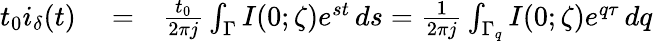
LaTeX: \begin{array}{rlr}{t_{0}i_{\delta}(t)}&{{}=}&{\frac{t_{0}}{2\pi j}\int_{\Gamma}I(0;\zeta)e^{st}\, ds=\frac{1}{2\pi j}\int_{\Gamma_{q}}I(0;\zeta)e^{q\tau}\, dq}\end{array}